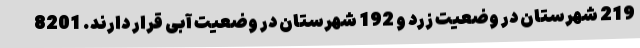
219 شهرستان در وضعیت زرد و 192 شهرستان در وضعیت آبی قرار دارند. 8201